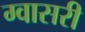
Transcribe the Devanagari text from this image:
ग्वासरी